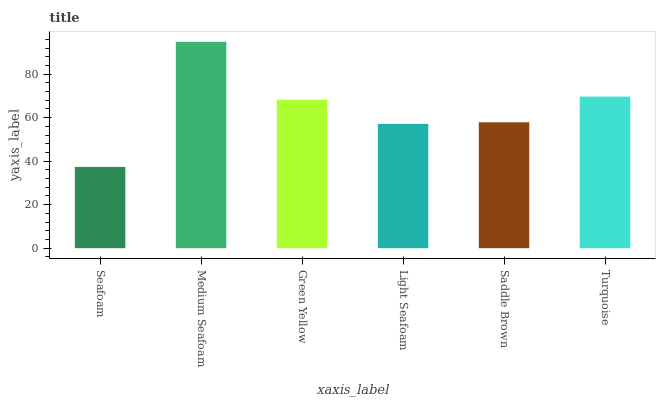
| xaxis_label | bars |
 | --- | --- |
 | Seafoam | 37.4 |
 | Medium Seafoam | 94.9 |
 | Green Yellow | 68.2 |
 | Light Seafoam | 57.1 |
 | Saddle Brown | 57.9 |
 | Turquoise | 69.7 |